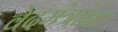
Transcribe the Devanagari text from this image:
वेदमंत्रांना